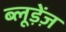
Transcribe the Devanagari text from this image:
ब्लूड़ेंज़